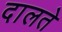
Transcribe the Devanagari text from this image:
दालते